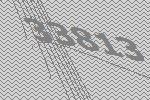
33813